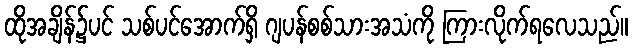
ထိုအချိန်၌ပင် သစ်ပင်အောက်ရှိ ဂျပန်စစ်သားအသံကို ကြားလိုက်ရလေသည်။